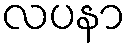
လပနာ